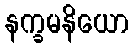
နက္ခမနိယော